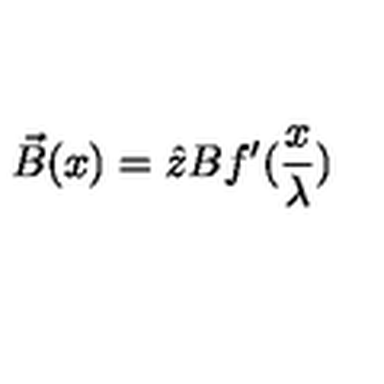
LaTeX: \vec { B } ( x ) = \hat { z } B f ^ { \prime } ( \frac { x } { \lambda } )